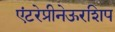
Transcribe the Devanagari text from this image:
एंटरेप्रीनेऊरशिप